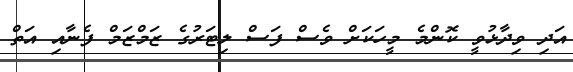
އަދި ވިދާޅުވީ ކޮންމެ މީހަކަށް ވެސް ފަސް ލިޓަރުގެ ޒަމްޒަމް ފެނާއި އަތް